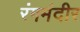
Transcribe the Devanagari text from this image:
रंगमंदीर